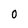
Character: 0